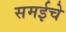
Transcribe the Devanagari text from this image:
समईचे